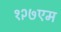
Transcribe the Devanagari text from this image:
१२७एम